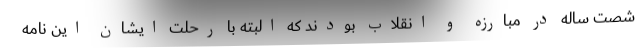
شصت ساله در مبارزه و انقلاب بودند که البته با رحلت ایشان این نامه